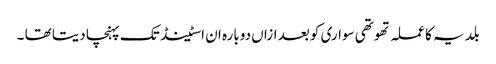
بلدیہ کا عملہ تھوتھی سواری کو بعد ازاں دوبارہ ان اسٹینڈ تک پہنچا دیتا تھا ۔